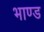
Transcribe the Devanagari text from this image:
भाण्ड